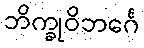
ဘိက္ခုဝိဘင်္ဂေ